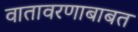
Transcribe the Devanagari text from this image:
वातावरणाबाबत